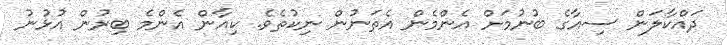
ދައްކާލަން ސިއާގެ ބުނުމަށް އެންމެން އެތަނުން ނިކުތެވެ. ކިއާން އެެންމެ ބިރުން އުޅުނު